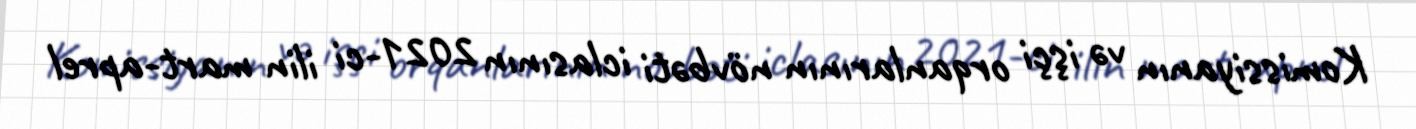
Komissiyanın və işçi orqanlarının növbəti iclasının 2021-ci ilin mart-aprel